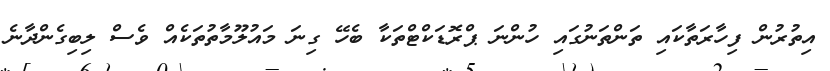
އިތުރުން ފިހާރަތާކައި ތަންތަނުގައި ހުންނަ ޕްރޮޑަކްޓްތަކާ ބެހޭ ގިނަ މައުލޫމާތުތަކެއް ވެސް ލިބިގެންދާނެ